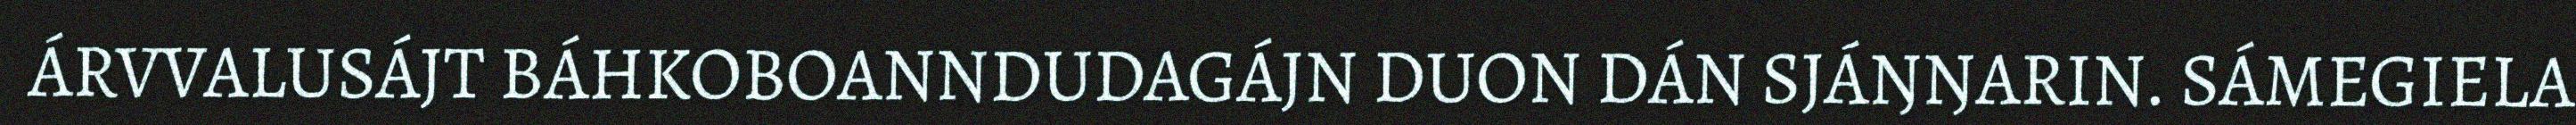
ÁRVVALUSÁJT BÁHKOBOANNDUDAGÁJN DUON DÁN SJÁŊŊARIN. SÁMEGIELA